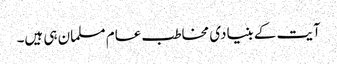
آیت کے بنیادی مخاطب عام مسلمان ہی ہیں۔